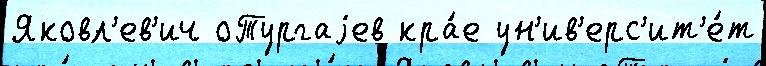
Яковл'ев'ич оТургаjев кра́е ун'ив'ерс'ит'е́т